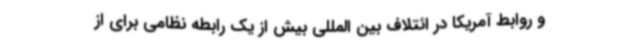
و روابط آمریکا در ائتلاف بین المللی بیش از یک رابطه نظامی برای از